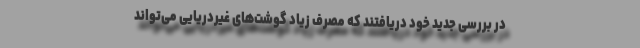
در بررسی جدید خود دریافتند که مصرف زیاد گوشت‌های غیردریایی می‌تواند